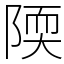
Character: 陾